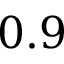
0 . 9